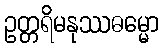
ဥတ္တရိမနုဿဓမ္မော